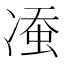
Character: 𱐈